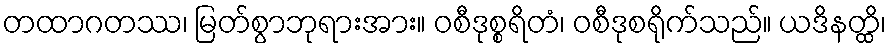
တထာဂတဿ၊ မြတ်စွာဘုရားအား။ ဝစီဒုစ္စရိတံ၊ ဝစီဒုစရိုက်သည်။ ယဒိနတ္ထိ၊